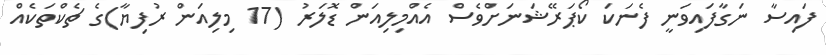
ފައިސާ ނަގާފައިވަނީ ފެނަކަ ކޯޕަރޭޝަނަށްވެސް އެއްމިލިއަން ޑޮލަރު (17 މިލިއަން ރުފިޔާ)ގެ ޗެކްތަކެއް